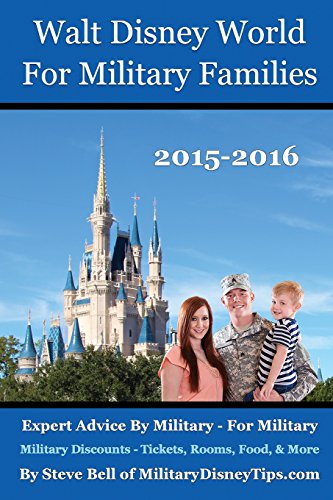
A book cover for Walt Disney World For Military Families: Expert Advice By Military - For Military; Steve Bell; Travel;